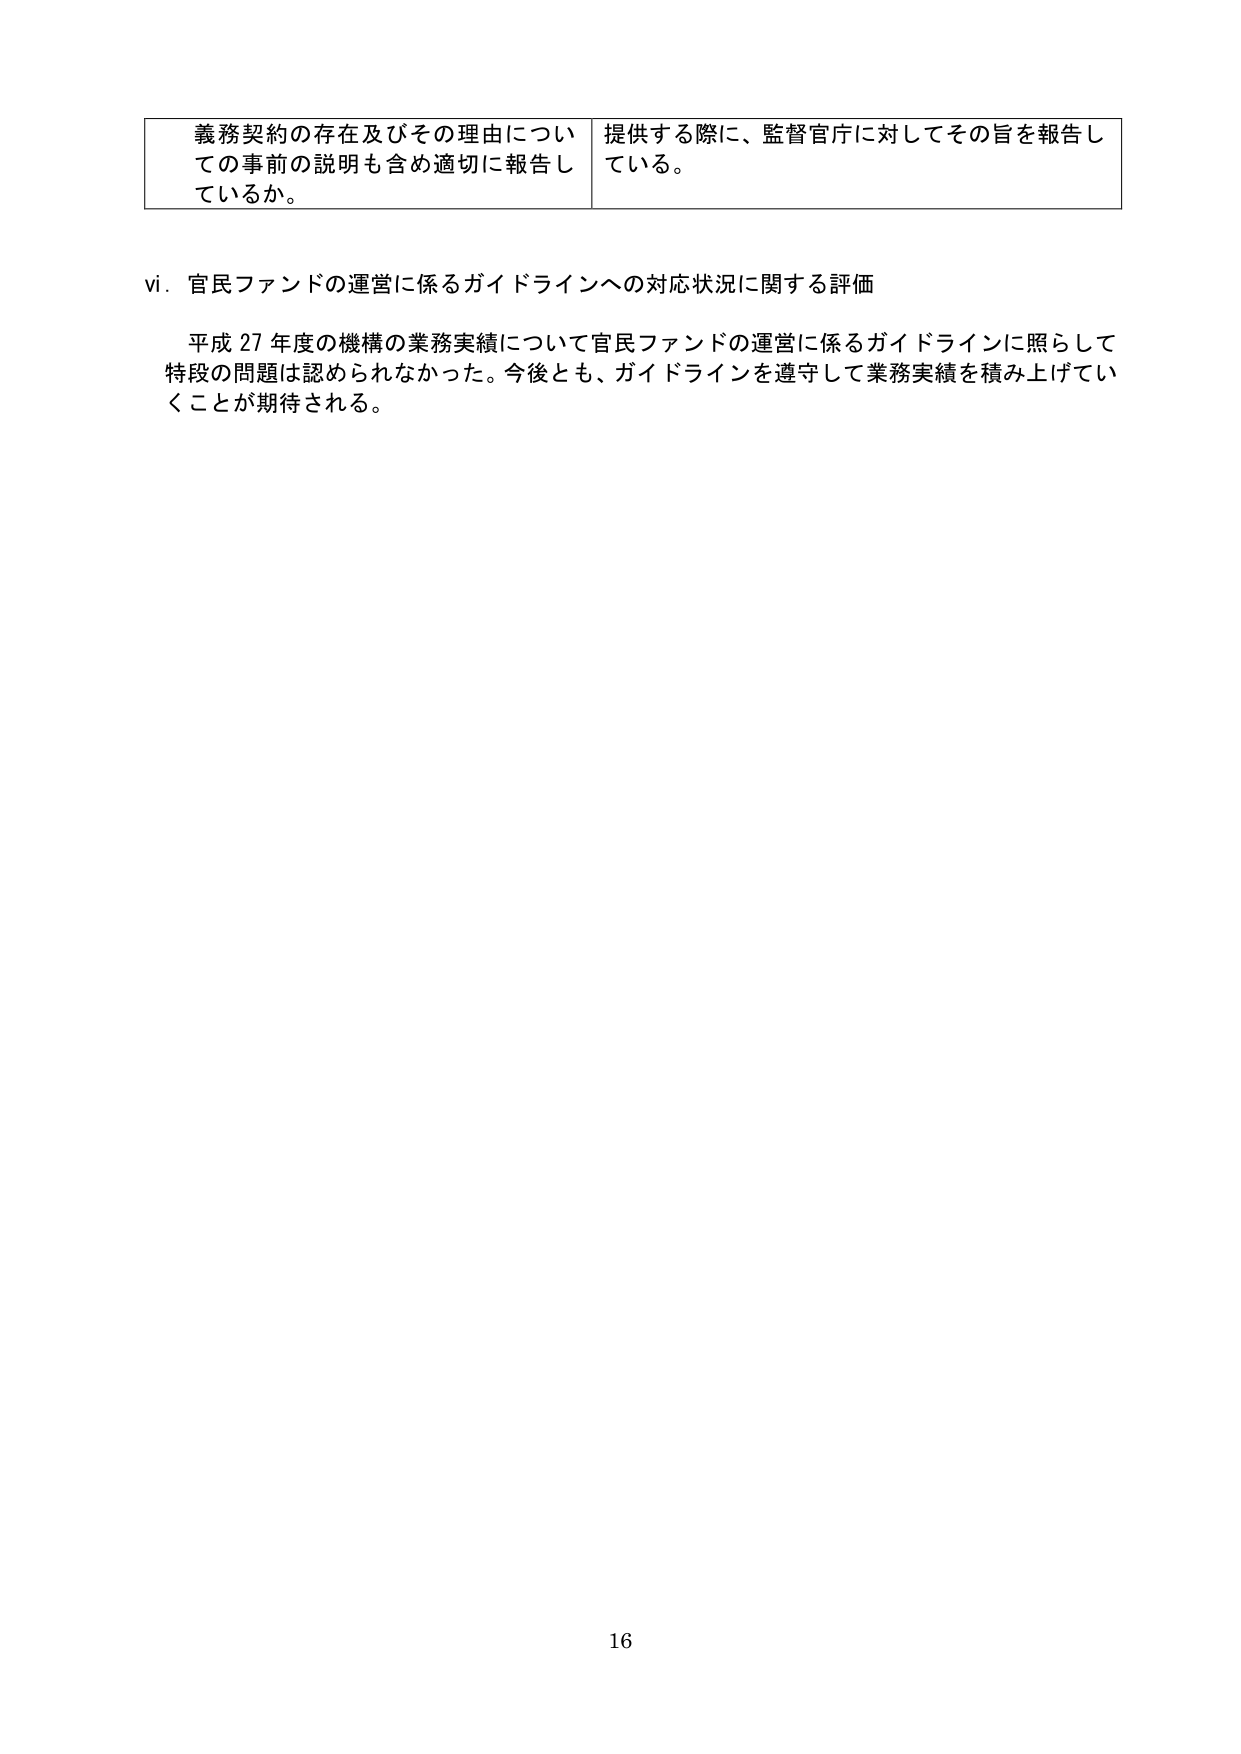
義務契約の存在及びその理由についての事前の説明も含め適切に報告しているか。
提供する際に、監督官庁に対してその旨を報告している。

vi. 官民ファンドの運営に係るガイドラインへの対応状況に関する評価

平成27年度の機構の業務実績について官民ファンドの運営に係るガイドラインに照らして特段の問題は認められなかった。今後とも、ガイドラインを遵守して業務実績を積み上げていくことが期待される。

16